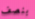
بنصف